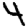
Digit: 4